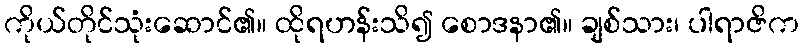
ကိုယ်တိုင်သုံးဆောင်၏။ ထိုရဟန်းသိ၍ စောဒနာ၏။ ချစ်သား၊ ပါရာဇိက